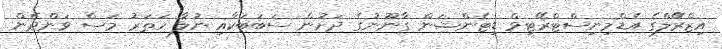
އިޒްރޭލްގެ އެޑްމިނިސްޓްރޭޓިވް ޑިޓެންޝަން ގާނޫނުގެ ދަށުން ސަބަބަކާއި ނުލާ ހަތަރު މަސް ވަންދެން